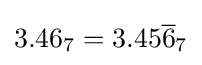
3.46_{7}=3.45{\overline {6}}_{7}